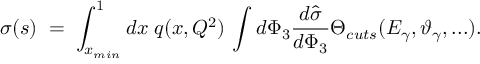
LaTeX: \sigma ( s ) \; = \; \int _ { x _ { m i n } } ^ { 1 } d x \; q ( x , Q ^ { 2 } ) \, \int d \Phi _ { 3 } \frac { d \hat { \sigma } } { d \Phi _ { 3 } } \Theta _ { c u t s } ( E _ { \gamma } , \vartheta _ { \gamma } , . . . ) .